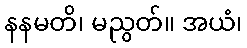
နနမတိ၊ မညွတ်။ အယံ၊